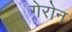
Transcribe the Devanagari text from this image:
गेरोन